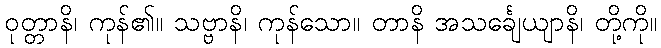
ဝုတ္တာနိ၊ ကုန်၏။ သဗ္ဗာနိ၊ ကုန်သော။ တာနိ အသင်္ချေယျာနိ၊ တို့ကို။